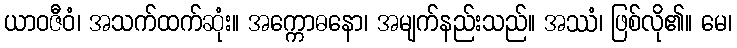
ယာဝဇီဝံ၊ အသက်ထက်ဆုံး။ အက္ကောဓနော၊ အမျက်နည်းသည်။ အဿံ၊ ဖြစ်လို၏။ မေ၊